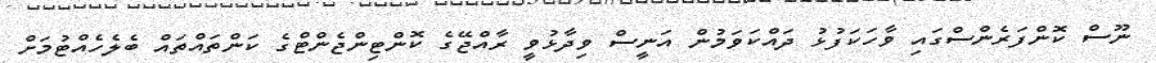
ނޫސް ކޮންފަރެންސްގައި ވާހަކަފުޅު ދައްކަވަމުން އަނީސް ވިދާޅުވީ ރާއްޖޭގެ ކޮންޓިންޖެންޓްގެ ކަންތައްތައް ބެލެހެއްޓުމަށް